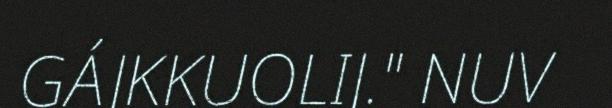
GÁJKKUOLIJ." NUV